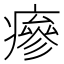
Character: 瘮